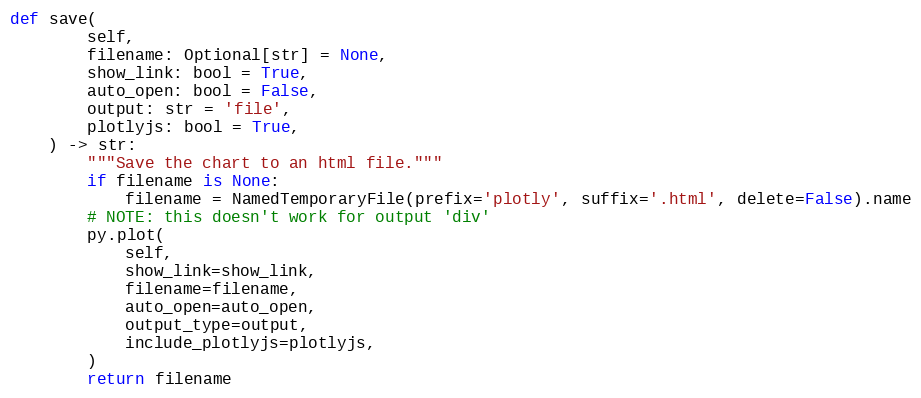
Language: Python
def save(
        self,
        filename: Optional[str] = None,
        show_link: bool = True,
        auto_open: bool = False,
        output: str = 'file',
        plotlyjs: bool = True,
    ) -> str:
        """Save the chart to an html file."""
        if filename is None:
            filename = NamedTemporaryFile(prefix='plotly', suffix='.html', delete=False).name
        # NOTE: this doesn't work for output 'div'
        py.plot(
            self,
            show_link=show_link,
            filename=filename,
            auto_open=auto_open,
            output_type=output,
            include_plotlyjs=plotlyjs,
        )
        return filename